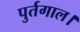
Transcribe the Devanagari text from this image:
पुर्तगाल।